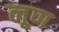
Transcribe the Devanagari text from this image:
लूण